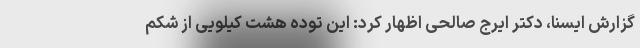
گزارش ایسنا، دکتر ایرج صالحی اظهار کرد: این توده هشت کیلویی از شکم